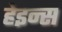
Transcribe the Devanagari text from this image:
हेइन्स